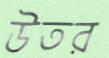
উতর